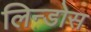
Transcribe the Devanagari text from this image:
लिन्डोस